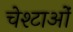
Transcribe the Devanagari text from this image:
चेश्टाओं